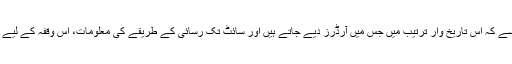
ہم گاہک کی ان معلومات کا ذخیرہ کرتے ہیں، جیسے کہ اس تاریخ وار ترتیب میں جس میں آرڈرز دیے جاتے ہیں اور سائٹ تک رسائی کے طریقے کی معلومات، اس وقفہ کے لیے جو ہمارے کاروبار کے تقاضوں کے مطابق ہوں۔